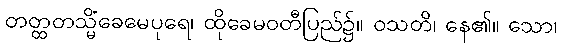
တတ္ထတသ္မိံခေမေပုရေ၊ ထိုခေမဝတီပြည်၌။ ဝသတိ၊ နေ၏။ သော၊